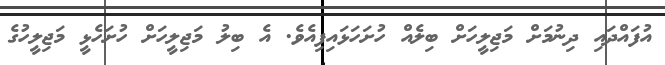
އުފައްދައި ދިނުމަށް މަޖިލީހަށް ބިލެއް ހުށަހަޅައިފިއެވެ. އެ ބިލު މަޖިލީހަށް ހުށަހެޅީ މަޖިލީހުގެ